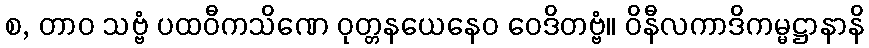
စ, တာဝ သဗ္ဗံ ပထဝီကသိဏေ ဝုတ္တနယေနေဝ ဝေဒိတဗ္ဗံ။ ဝိနီလကာဒိကမ္မဋ္ဌာနာနိ